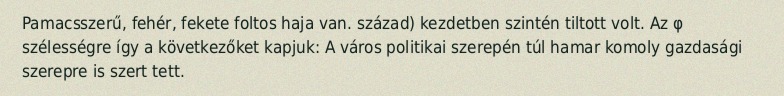
Pamacsszerű, fehér, fekete foltos haja van. század) kezdetben szintén tiltott volt. Az φ szélességre így a következőket kapjuk: A város politikai szerepén túl hamar komoly gazdasági szerepre is szert tett.